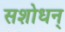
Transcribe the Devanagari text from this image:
सशोधन्